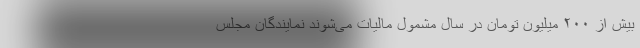
بیش از ٢٠٠ میلیون تومان در سال مشمول مالیات می‌شوند نمایندگان مجلس